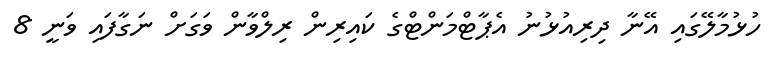
ހުޅުމާލޭގައި އޭނާ ދިރިއުޅުނު އެޕާޓްމަންޓްގެ ކައިރިން ރިލްވާން ވަގަށް ނަގާފައި ވަނީ 8